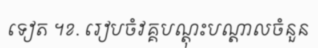
ទៀត ។ខ. រៀបចំវគ្គបណ្តុះបណ្តាលចំនួន